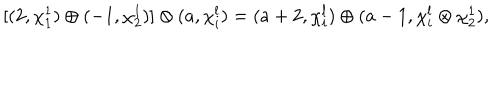
LaTeX: [ ( 2 , \chi _ { 1 } ^ { 1 } ) \oplus ( - 1 , \chi _ { 2 } ^ { 1 } ) ] \otimes ( a , \chi _ { i } ^ { l } ) = ( a + 2 , \chi _ { i } ^ { l } ) \oplus ( a - 1 , \chi _ { i } ^ { l } \otimes \chi _ { 2 } ^ { 1 } ) ,